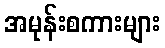
အမုန်းစကားများ